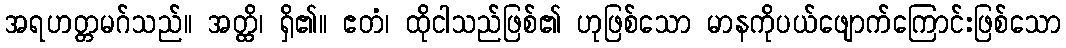
အရဟတ္တမဂ်သည်။ အတ္ထိ၊ ရှိ၏။ ဧတံ၊ ထိုငါသည်ဖြစ်၏ ဟုဖြစ်သော မာနကိုပယ်ဖျောက်ကြောင်းဖြစ်သော